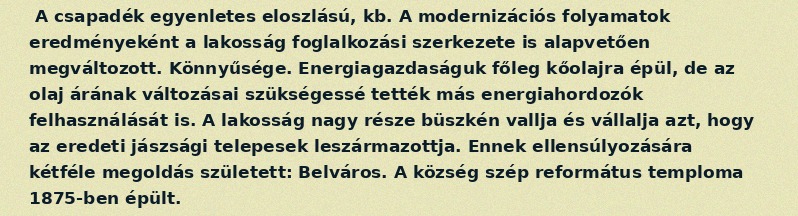
A csapadék egyenletes eloszlású, kb. A modernizációs folyamatok eredményeként a lakosság foglalkozási szerkezete is alapvetően megváltozott. Könnyűsége. Energiagazdaságuk főleg kőolajra épül, de az olaj árának változásai szükségessé tették más energiahordozók felhasználását is. A lakosság nagy része büszkén vallja és vállalja azt, hogy az eredeti jászsági telepesek leszármazottja. Ennek ellensúlyozására kétféle megoldás született: Belváros. A község szép református temploma 1875-ben épült.